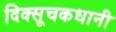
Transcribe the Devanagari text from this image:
दिक्सूचकधानी